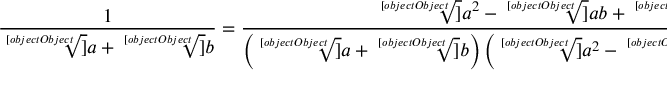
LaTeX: { \frac { 1 } { { \sqrt [ [object Object] ] { a } } + { \sqrt [ [object Object] ] { b } } } } = { \frac { { \sqrt [ [object Object] ] { a ^ { 2 } } } - { \sqrt [ [object Object] ] { a b } } + { \sqrt [ [object Object] ] { b ^ { 2 } } } } { \left( { \sqrt [ [object Object] ] { a } } + { \sqrt [ [object Object] ] { b } } \right) \left( { \sqrt [ [object Object] ] { a ^ { 2 } } } - { \sqrt [ [object Object] ] { a b } } + { \sqrt [ [object Object] ] { b ^ { 2 } } } \right) } } = { \frac { { \sqrt [ [object Object] ] { a ^ { 2 } } } - { \sqrt [ [object Object] ] { a b } } + { \sqrt [ [object Object] ] { b ^ { 2 } } } } { a + b } } \, .